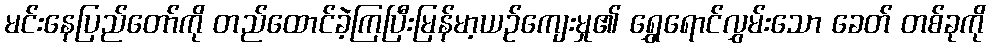
မင်းနေပြည်တော်ကို တည်ထောင်ခဲ့ကြပြီးမြန်မာ့ယဉ်ကျေးမှု၏ ရွှေရောင်လွှမ်းသော ခေတ် တစ်ခုကို